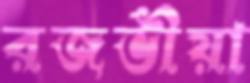
রজভীয়া